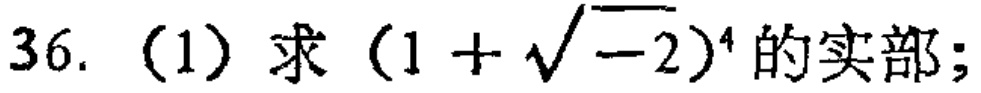
36. (1) 求 $(1 + \sqrt{-2})^{4}$ 的实部；